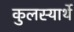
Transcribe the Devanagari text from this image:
कुलस्यार्थे